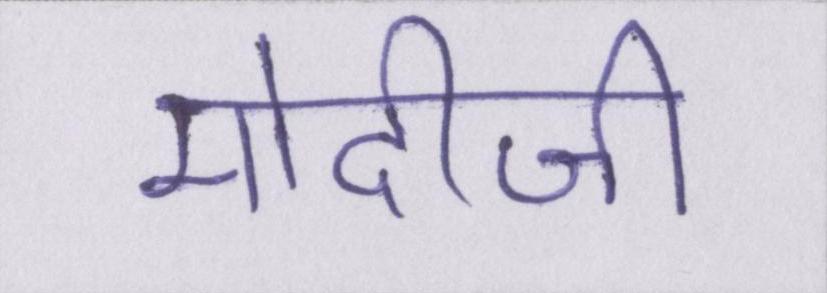
मोदीजी